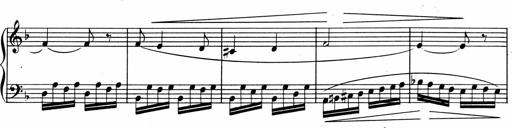
Title: 1Ã¨re Sonatine
Composer: FrÃ©dÃ©ric Binet